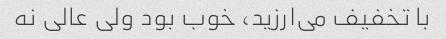
با تخفیف می‌ارزید، خوب بود ولی عالی نه